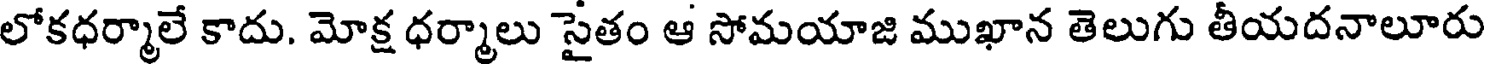
లోకధర్మాలే కాదు. మోక్ష ధర్మాలు సైతం ఆ సోమయాజి ముఖాన తెలుగు తీయదనాలూరు